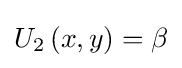
U_{2}\left(x,y\right)=\beta